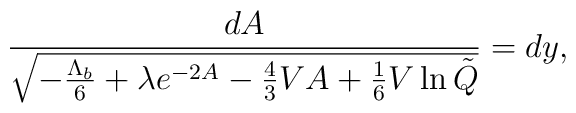
\frac{dA}{\sqrt{-\frac{\Lambda_b}{6}+\lambda e^{-2A}-\frac43VA+\frac16 V\ln\tilde Q}}=dy,